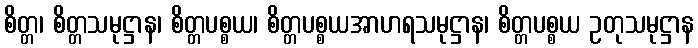
စိတ္တ၊ စိတ္တသမုဋ္ဌာန၊ စိတ္တပစ္စယ၊ စိတ္တပစ္စယအာဟရသမုဋ္ဌာန၊ စိတ္တပစ္စယ ဥတုသမုဋ္ဌာန